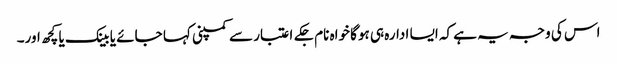
اس کی وجہ یہ ہے کہ ایسا ادارہ ہی ہوگا خواہ نام جکے اعتبار سے کمپنی کہا جائے یا بینک یا کچھ اور۔